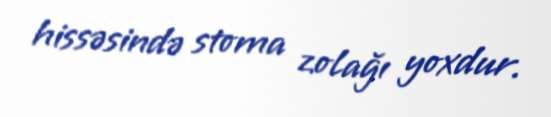
hissəsində stoma zolağı yoxdur.